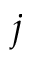
j